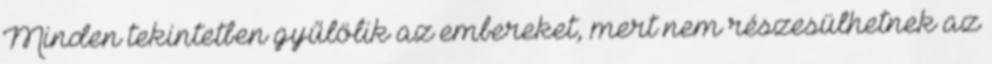
Minden tekintetben gyűlölik az embereket, mert nem részesülhetnek az